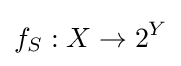
f_{S}:X\to 2^{Y}